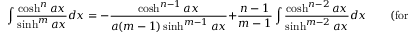
\int { \frac { \cosh ^ { n } a x } { \sinh ^ { m } a x } } d x = - { \frac { \cosh ^ { n - 1 } a x } { a ( m - 1 ) \sinh ^ { m - 1 } a x } } + { \frac { n - 1 } { m - 1 } } \int { \frac { \cosh ^ { n - 2 } a x } { \sinh ^ { m - 2 } a x } } d x \qquad { \mathrm { ( f o r ~ } } m \neq 1 { \mathrm { ) } }